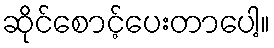
ဆိုင်စောင့်ပေးတာပေါ့။